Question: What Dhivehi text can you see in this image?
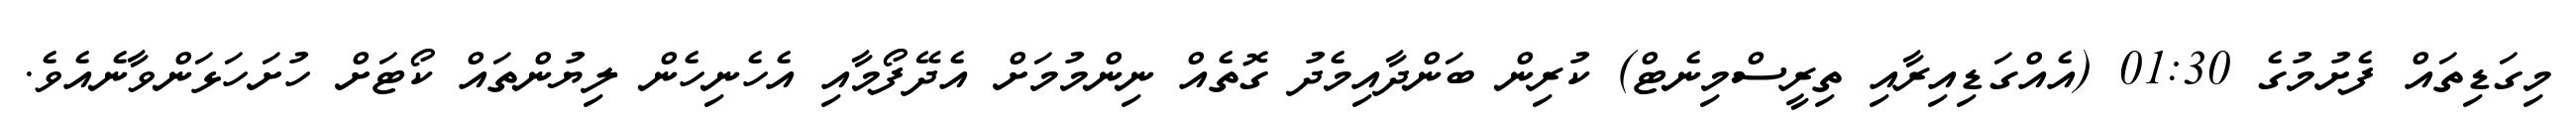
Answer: މިގަޑިތައް ފެށުމުގެ 01:30 (އެއްގަޑިއިރާއި ތިރީސްމިނެޓް) ކުރިން ބަންދާއިމެދު ގޮތެއް ނިންމުމަށް އެދޭފޯމާއި އެހެނިހެން ލިޔުންތައް ކޯޓަށް ހުށަހަޅަންވާނެއެވެ.